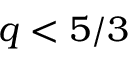
q < 5 / 3